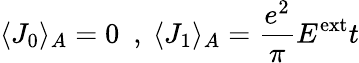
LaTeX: \langle J_{0}\rangle_{A}=0~~,~\langle J_{1}\rangle_{A}=\frac{e^{2}}{\pi}E^{\mathrm{ext}}t